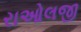
રાઓલજી